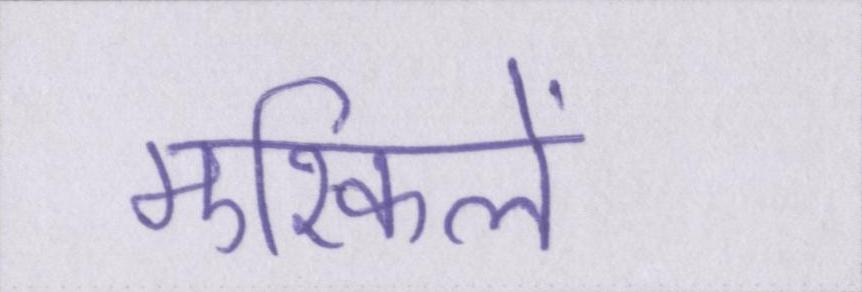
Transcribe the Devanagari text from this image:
मुश्किलें